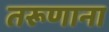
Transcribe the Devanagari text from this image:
तरूणाना